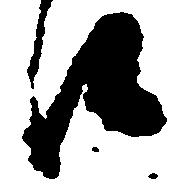
候